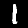
Label: 1